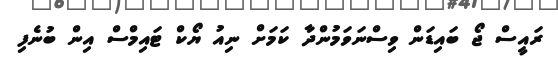
ރައީސް ޖޯ ބައިޑަން ވިސްނަވަމުންދާ ކަމަށް ނިއު ޔޯކް ޓައިމްސް އިން ބުނެފި